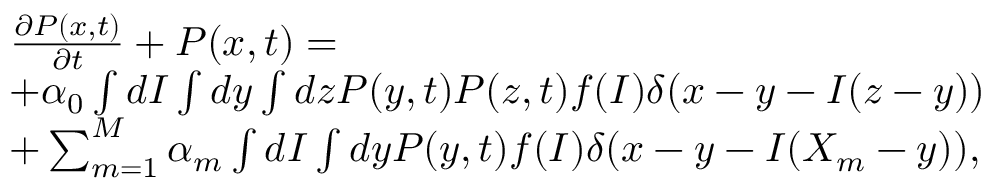
\begin{array} { r l } & { \frac { \partial P ( x , t ) } { \partial t } + P ( x , t ) = } \\ & { + \alpha _ { 0 } \int d I \int d y \int d z P ( y , t ) P ( z , t ) f ( I ) \delta ( x - y - I ( z - y ) ) } \\ & { + \sum _ { m = 1 } ^ { M } \alpha _ { m } \int d I \int d y P ( y , t ) f ( I ) \delta ( x - y - I ( X _ { m } - y ) ) , } \end{array}